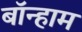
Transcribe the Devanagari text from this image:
बॉन्हाम